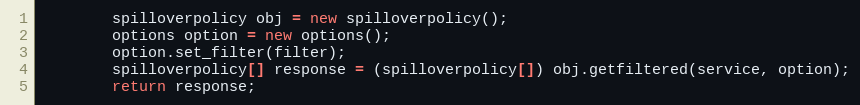
Language: Java
		spilloverpolicy obj = new spilloverpolicy();
		options option = new options();
		option.set_filter(filter);
		spilloverpolicy[] response = (spilloverpolicy[]) obj.getfiltered(service, option);
		return response;